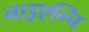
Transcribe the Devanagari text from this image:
नाइएन्चि